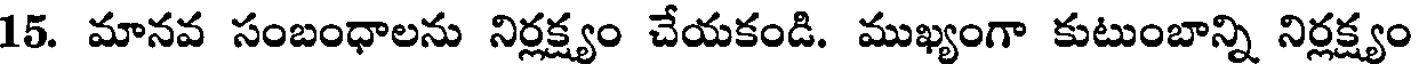
15. మానవ సంబంధాలను నిర్లక్ష్యం చేయకండి. ముఖ్యంగా కుటుంబాన్ని నిర్లక్ష్యం